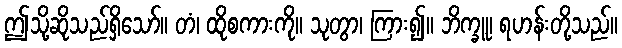
ဤသို့ဆိုသည်ရှိသော်။ တံ၊ ထိုစကားကို။ သုတွာ၊ ကြား၍။ ဘိက္ခူ၊ ရဟန်းတို့သည်။